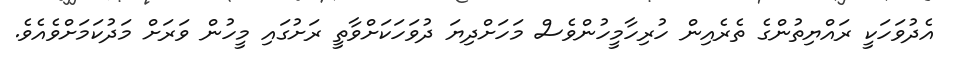
އެދުވަހަކީ ރައްޔިތުންގެ ތެރެއިން ހުރިހާމީހުންވެސް މަހަށްދިޔަ ދުވަހަކަށްވާތީ ރަށުގައި މީހުން ވަރަށް މަދުކަމަށްވެއެވެ.